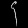
Digit: ၄